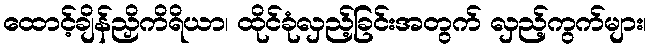
ထောင့်ချိန်ညှိကိရိယာ၊ ထိုင်ခုံလှည့်ခြင်းအတွက် လှည့်ကွက်များ၊